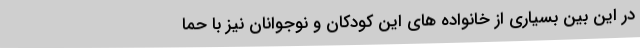
در این بین بسیاری از خانواده های این کودکان و نوجوانان نیز با حما